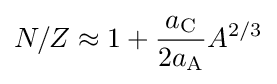
N/Z\approx 1+{\frac {a_{\text{C}}}{2a_{\text{A}}}}A^{2/3}